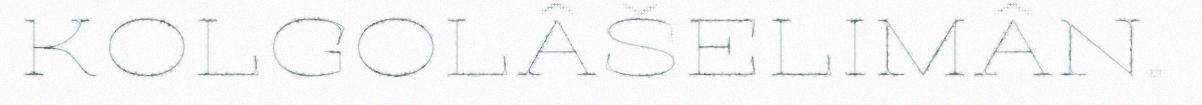
KOLGOLÂŠELIMÂN.